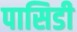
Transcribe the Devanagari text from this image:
पासिडी